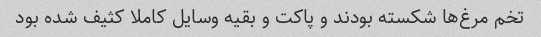
تخم مرغ‌ها شکسته بودند و پاکت و بقیه وسایل کاملا کثیف شده بود